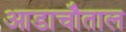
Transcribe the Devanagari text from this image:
आडाचौताल